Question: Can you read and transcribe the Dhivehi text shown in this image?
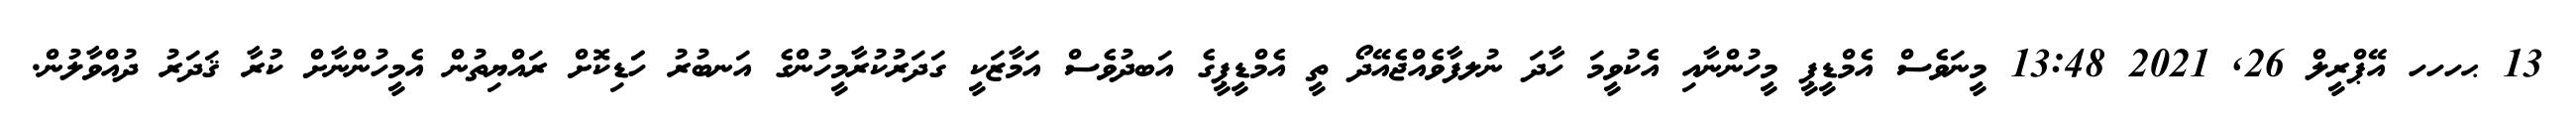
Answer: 13 ޙހހހ އޭޕްރީލް 26, 2021 13:48 މީނަވެސް އެމްޑީޕީ މީހުންނާއި އެކުވީމަ ހާދަ ނުލފާވެއްޖެއޭދޯ ތީ އެމްޑީޕީގެ އަބދުވެސް އަމާޒަކީ ގަދަރުކުރާމީހުންގެ އަނބުރު ހަަޑިކޮށް ރައްޔިތުން އެމީހުންނާށް ކުރާ ޤަދަރު ދުއްވާލުން.